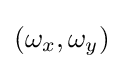
\left(\omega _{x},\omega _{y}\right)